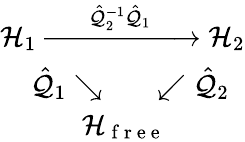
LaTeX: \begin{array}{r}{\mathcal{H}_{1}\xrightarrow{\; \; \; \; \; \hat{\mathcal{Q}}_{2}^{-1}\hat{\mathcal{Q}}_{1}\; \; \; \; \; }\mathcal{H}_{2}}\\ {\hat{\mathcal{Q}}_{1}\searrow\; \; \; \; \; \; \; \swarrow\hat{\mathcal{Q}}_{2}\; \; }\\ {\mathcal{H}_{\mathrm{~f~r~e~e~}}\; \; \; \; \; \; \; \; \; \; }\end{array}